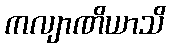
ကလျာဏိယာသိ